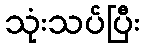
သုံးသပ်ပြီး